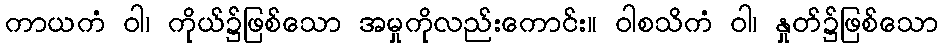
ကာယကံ ဝါ၊ ကိုယ်၌ဖြစ်သော အမှုကိုလည်းကောင်း။ ဝါစသိကံ ဝါ၊ နှုတ်၌ဖြစ်သော